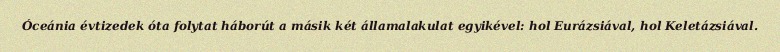
Óceánia évtizedek óta folytat háborút a másik két államalakulat egyikével: hol Eurázsiával, hol Keletázsiával.